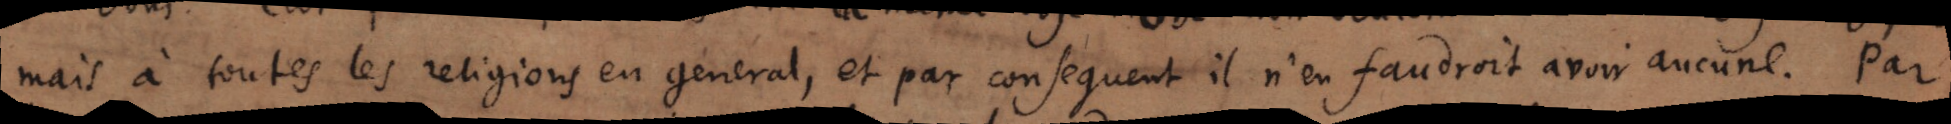
mais à toutes les religions en général, et par conséquent il n’en faudroit avoir aucune. Par